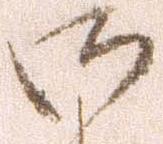
御